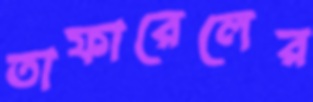
তাফারেলের